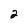
Character: 2